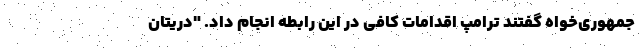
جمهوری‌خواه گفتند ترامپ اقدامات کافی در این رابطه انجام داد. "دریتان